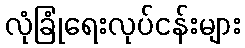
လုံခြုံရေးလုပ်ငန်းများ